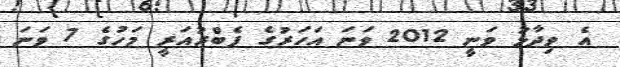
އެ ވިދާޅު ވަނީ 2012 ވަނަ އަހަރުގެ ފެބްރުއަރީ މަހުގެ 7 ވަނަ